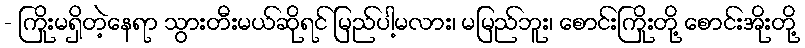
- ကြိုးမရှိတဲ့နေရာ သွားတီးမယ်ဆိုရင် မြည်ပါ့မလား၊ မမြည်ဘူး၊ စောင်းကြိုးတို့ စောင်းအိုးတို့